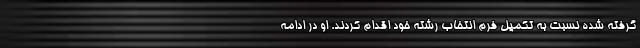
گرفته شده نسبت به تکمیل فرم انتخاب رشته خود اقدام کردند. او در ادامه